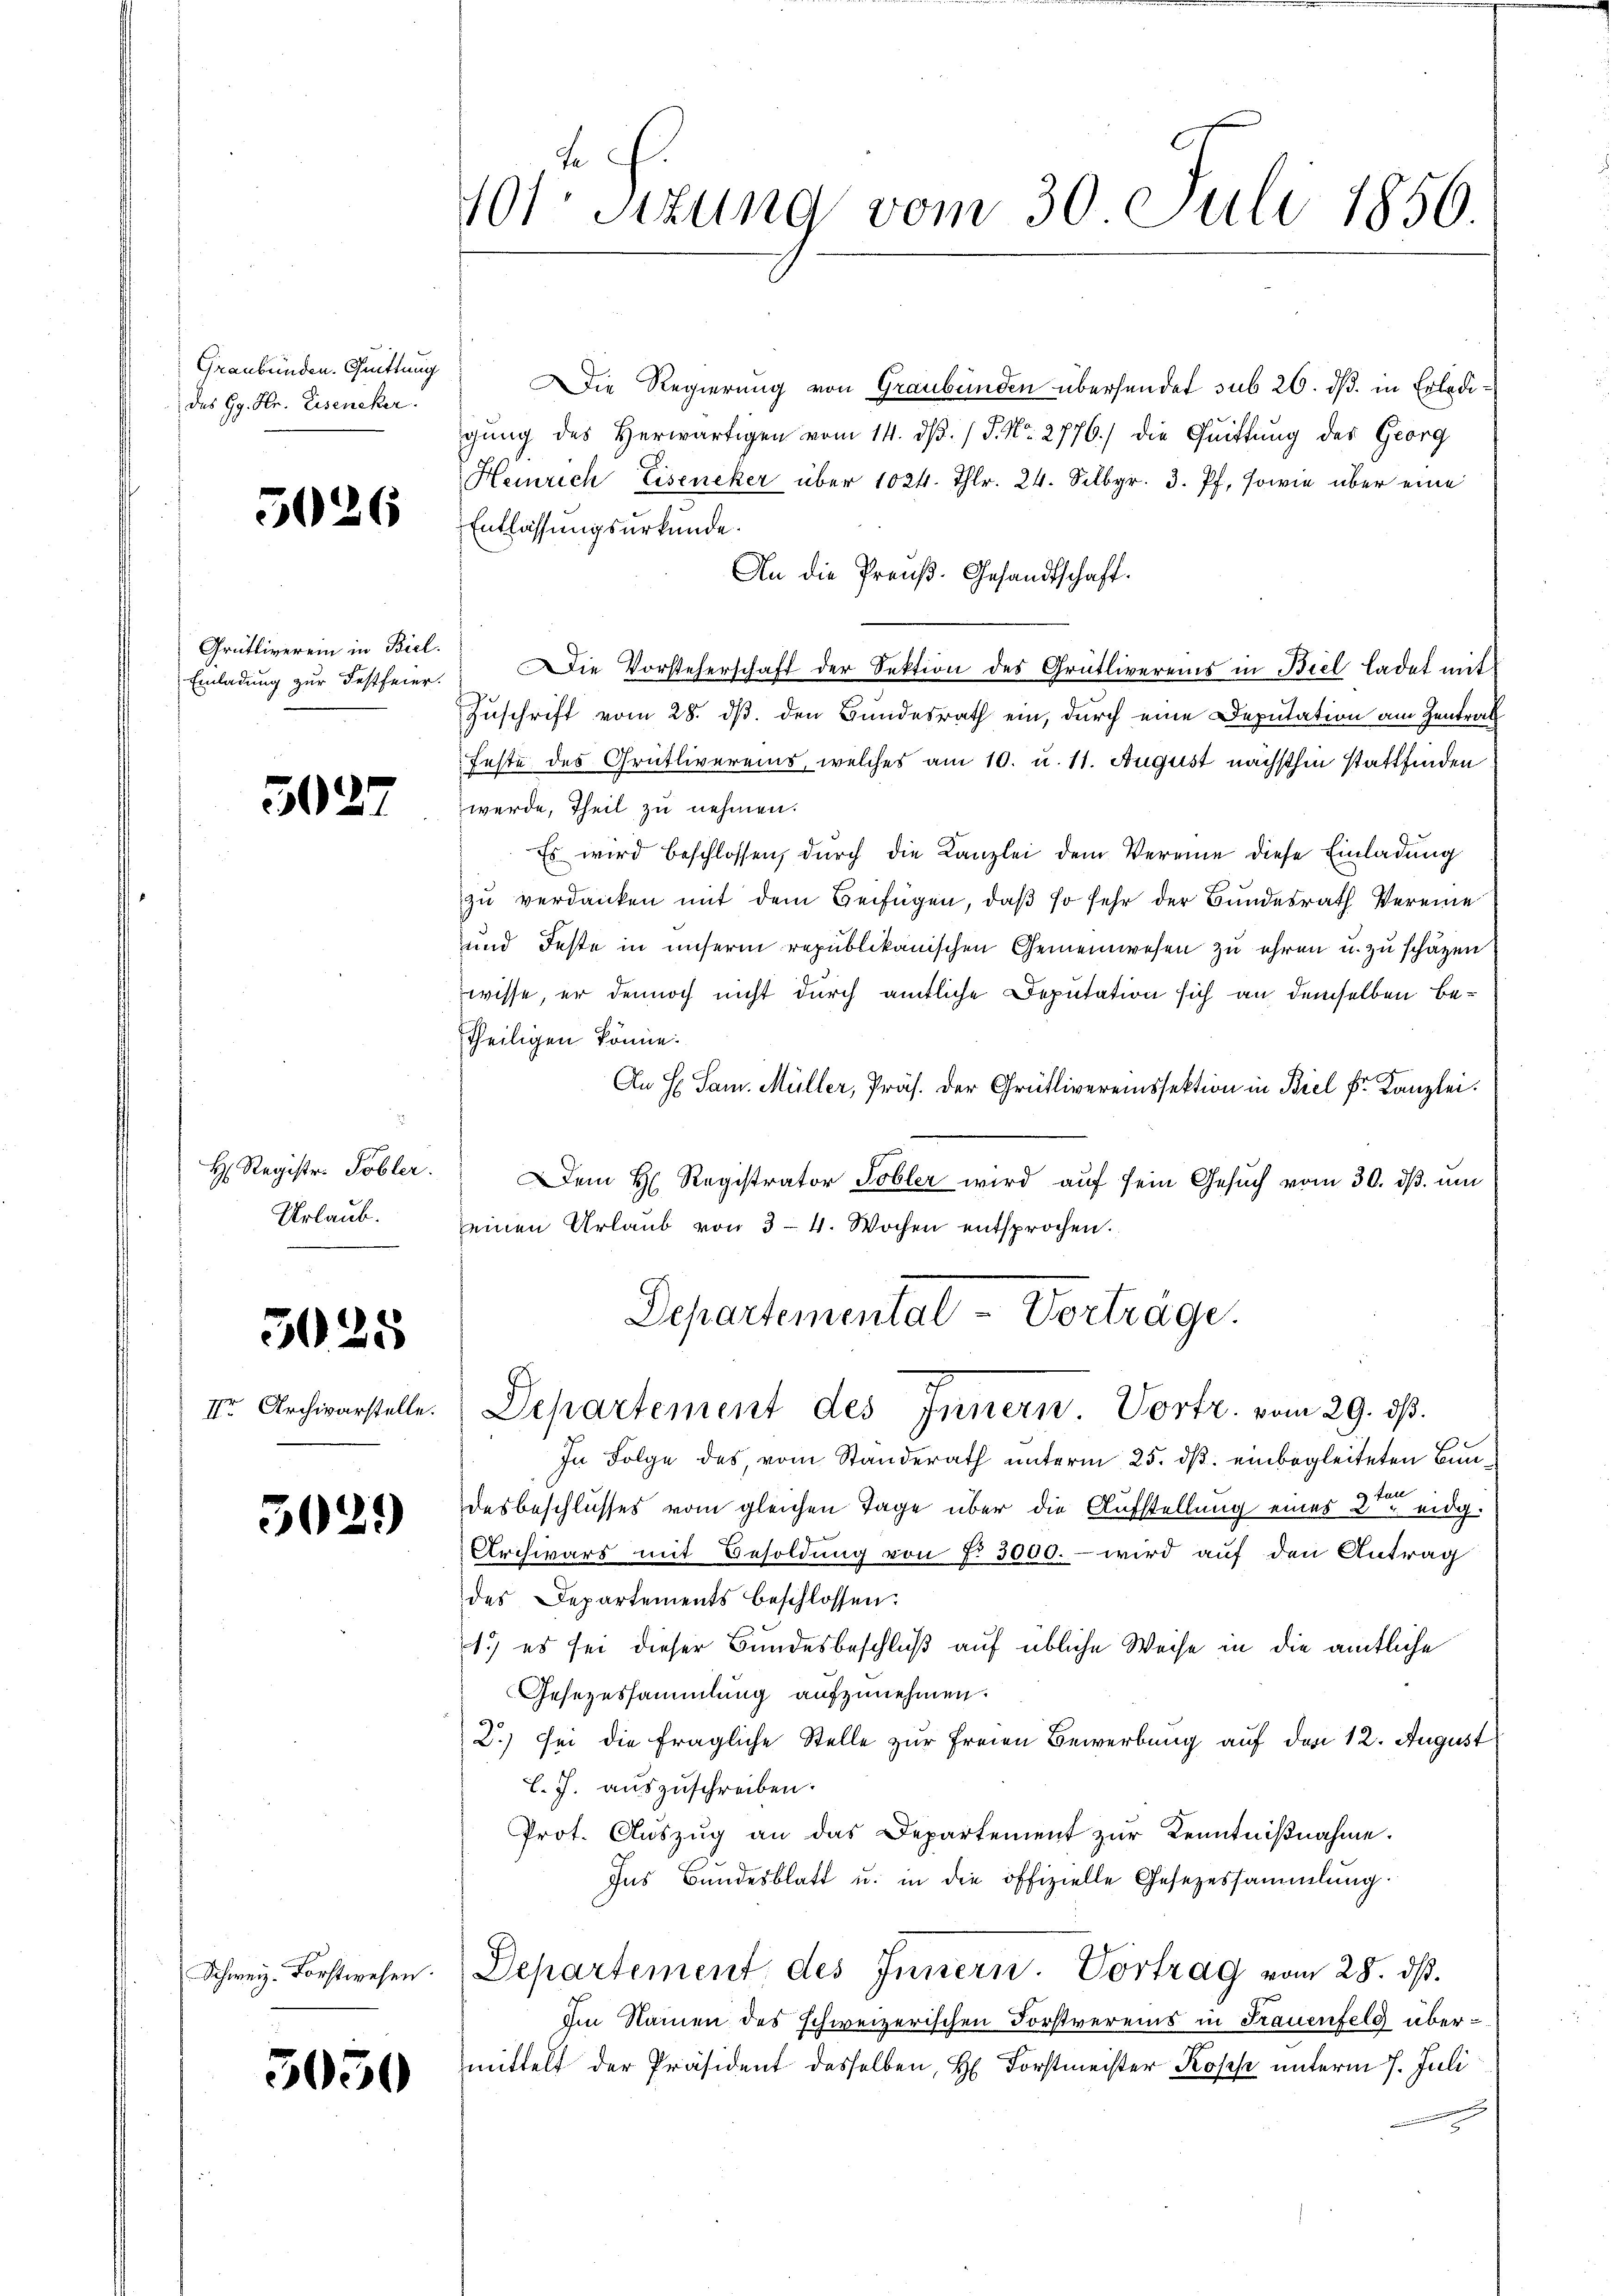
Graubünden. Quittung
das Gr. Sr. Eisencker.

505

5026

Grütliverein in Biel.

17

H. Registr. Tobler.
Urlaub.

3025

IIr Archivarstelle.

3029

5050

te
401. Sitzung vom 30 Juli 1856.

Die Regierung von Graubünden übersendet sub 26. ds. in Erledigŭng des Herwärtigen vom 14. dβ. / P. Nr. 2776.) die Quittung des Georg
Heinrich Eiseneker über 1024. Thlr. 24. Selbgr. 3. Pf. sowie über eine
Entlassungsurkunde.
An die Preuß. Gesandtschaft.
Einladŭng zŭr Festfeier. Die Vorsteherschaft der Sektion des Grütlivereins in Biel ladet mit
Zuschrift vom 28. ds. den Bundesrath ein, durch eine Deputation am Zentrat
feste des Grütlivereins, welches am 10. u. 11. August nächsthin stattfinden
werde, Theil zu nehmen.
Es wird beschlossen, durch die Kanzlei dem Vereine diese Einladung
zu verdanken mit dem Beifügen, daß so sehr der Bundesrath Vereine
und Feste in unserm republikanischen Gemeinwesen zu ehren u. zu schäzen
wisse, er dennoch nicht durch amtliche Deputation sich an demselben Betheiligen könne.
An H Sam. Müller, Präs. der Grütlivereinssektion in Biel Fr. Kanzlei.
Dem H. Registrator Tobler wird auf sein Gesuch vom 30. dβ. um
einen Urlaub von 3-4. Wochen entsprochen.

Departementat - Vorträge.
Departement des Innern Vortr. vom 29. ds.

In Folge des, vom Ständerath unterm 25. dß. einbegleiteten Bundesbeschlusses vom gleichen Tage über die Aufstellung eines 2ten eidg.
Archivars mit Besoldung von §. 3000.- wird auf den Antrag
des Departements beschlossen:
1.) es sei dieser Bundesbeschluß auf übliche Weise in die amtliche
Gesezessammlung aufzunehmen.
2.) sei die fragliche Stelle zur Freien Bewerbung auf den 12. August
l. J. auszuschreiben.
Prot. Aŭszŭg an das Departement zŭr Kenntniβnahme.
Ins Bundesblatt u. in die offizielle Gesezessammlung.
Schweiz. Forstwesen. Departement des Innern. Vortrag vom 28. dβ.
im Namen des schweizerischen Forstvereins in Frauenfeld übermittelt der Präsident desselben, H. Forstmeister Kopp unterm 7. Juli